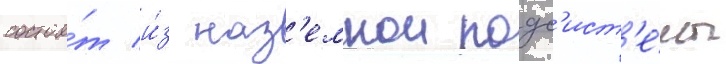
состои́т и́з наз'емнои подс'ист'е́мы